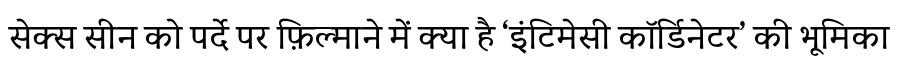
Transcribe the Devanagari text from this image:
सेक्स सीन को पर्दे पर फ़िल्माने में क्या है ‘इंटिमेसी कॉर्डिनेटर’ की भूमिका